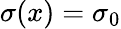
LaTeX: \sigma(x)=\sigma_{0}